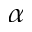
\alpha